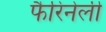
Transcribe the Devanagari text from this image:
फैरिनेली